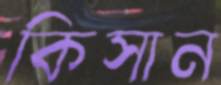
কিসান